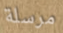
مرسلة